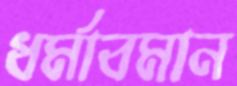
ধর্মাবমান